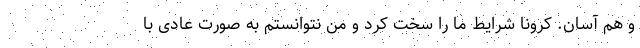
و هم آسان. کرونا شرایط ما را سخت کرد و من نتوانستم به صورت عادی با